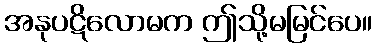
အနုပဋိလောမက ဤသို့မမြင်ပေ။